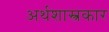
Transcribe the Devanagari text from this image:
अर्थशास्त्रकार